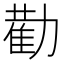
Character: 𭄿